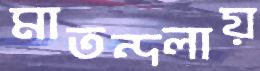
মাতন্দলায়